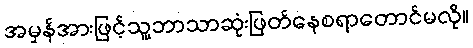
အမှန်အားဖြင့်သူ့ဘာသာဆုံးဖြတ်နေစရာတောင်မလို။